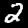
Label: 2